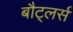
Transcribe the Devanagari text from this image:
बौट्लर्स